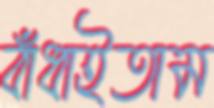
বাঁধাইতাম